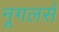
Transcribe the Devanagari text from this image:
नूगलर्स